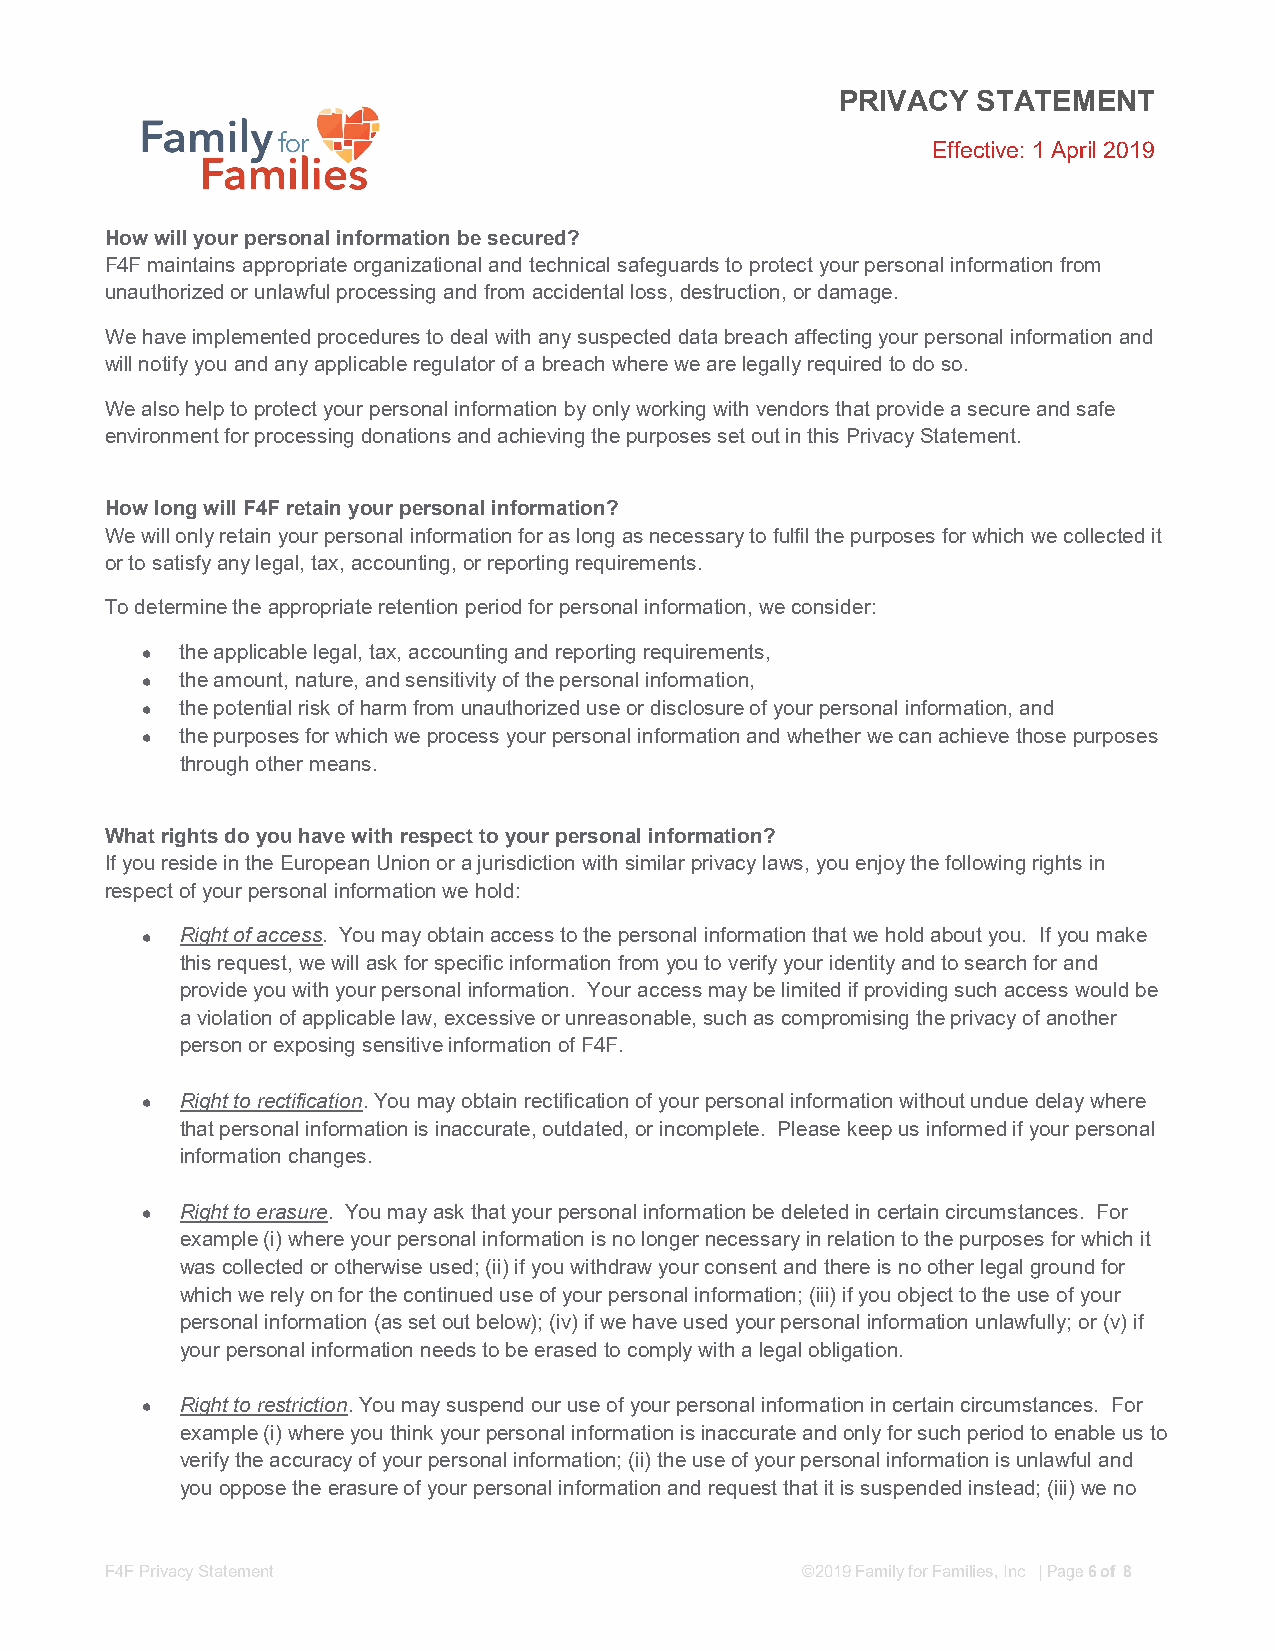
PRIVACY  STATEMENT
 Effective: 1 April 2019
 How will your personal information be secured?
 F4F maintains appropriate organizational and technical safeguards to protect your personal information from
 unauthorized or unlawful processing and from accidental loss, destruction, or damage.
 We have implemented procedures to deal with any suspected data breach affecting your personal information and
 will notify you and any applicable regulator of a breach where we are legally required to do so.
 We also help to protect your personal information by only working with vendors that provide a secure and safe
 environment for processing donations and achieving the purposes set out in this Privacy Statement.
 How long will F4F retain your personal information?
 We will only retain your personal information for as long as necessary to fulfil the purposes for which we collected it
 or to satisfy any legal, tax, accounting, or reporting requirements.
 To determine the appropriate retention period for personal information, we consider:
   the applicable legal, tax, accounting and reporting requirements,
   the amount, nature, and sensitivity of the personal information,
   the potential risk of harm from unauthorized use or disclosure of your personal information, and
   the purposes for which we process your personal information and whether we can achieve those purposes
 through other means.
 What rights do you have with respect to your personal information?
 If you reside in the European Union or a jurisdiction with similar privacy laws, you enjoy the following rights in
 respect of your personal information we hold:
   Right of access. You may obtain access to the personal information that we hold about you. If you make
 this request, we will ask for specific information from you to verify your identity and to search for and
 provide you with your personal information. Your access may be limited if providing such access would be
 a violation of applicable law, excessive or unreasonable, such as compromising the privacy of another
 person or exposing sensitive information of F4F.
   Right to rectification. You may obtain rectification of your personal information without undue delay where
 that personal information is inaccurate, outdated, or incomplete. Please keep us informed if your personal
 information changes.
   Right to erasure. You may ask that your personal information be deleted in certain circumstances. For
 example (i) where your personal information is no longer necessary in relation to the purposes for which it
 was collected or otherwise used; (ii) if you withdraw your consent and there is no other legal ground for
 which we rely on for the continued use of your personal information; (iii) if you object to the use of your
 personal information (as set out below); (iv) if we have used your personal information unlawfully; or (v) if
 your personal information needs to be erased to comply with a legal obligation.
   Right to restriction. You may suspend our use of your personal information in certain circumstances. For
 example (i) where you think your personal information is inaccurate and only for such period to enable us to
 verify the accuracy of your personal information; (ii) the use of your personal information is unlawful and
 you oppose the erasure of your personal information and request that it is suspended instead; (iii) we no
 F4F Privacy Statement                         ©2019 Family for Families, Inc | Page 6 of 8